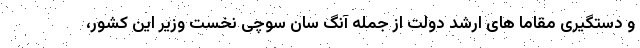
و دستگیری مقاما های ارشد دولت از جمله آنگ سان سوچی نخست وزیر این کشور،